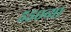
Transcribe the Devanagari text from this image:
५५०व्या